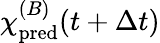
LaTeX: {\chi\smash[t]{\mathstrut}}_{\mathrm{pred}}^{(B)}(t+\Delta t)